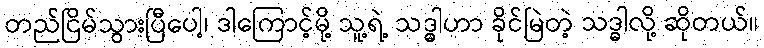
တည်ငြိမ်သွားပြီပေါ့၊ ဒါကြောင့်မို့ သူ့ရဲ့ သဒ္ဓါဟာ ခိုင်မြဲတဲ့ သဒ္ဓါလို့ ဆိုတယ်။